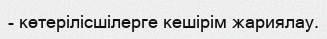
- көтерілісшілерге кешірім жариялау.